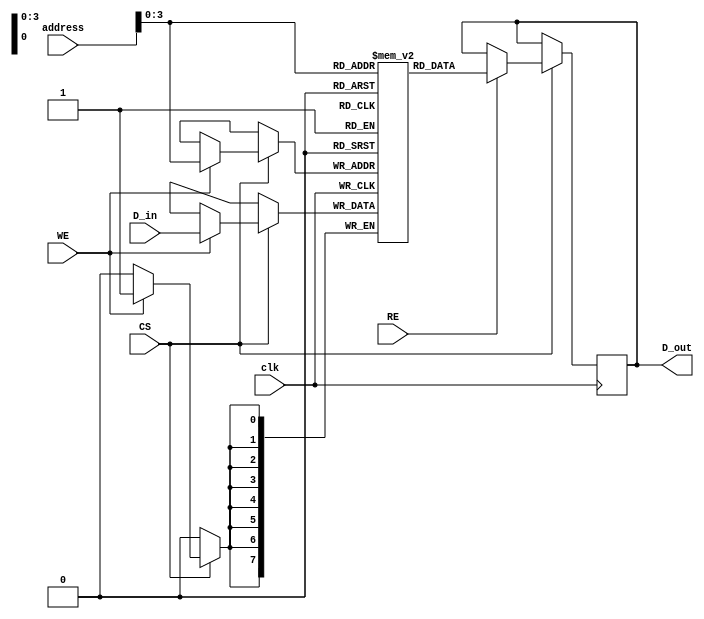
module embedded_sram #(
    parameter N = 16, // Number of memory words
    parameter M = 8    // Number of bits per word
)(
    input wire clk,                // Clock signal
    input wire WE,                 // Write Enable
    input wire RE,                 // Read Enable
    input wire CS,                 // Chip Select
    input wire [4:0] address,      // Address lines (5 bits for 32 words)
    input wire [M-1:0] D_in,       // Data Input
    output reg [M-1:0] D_out       // Data Output
);

    // Memory array declaration
    reg [M-1:0] memory [0:N-1]; // N words of M bits each

    // Address decoding and read/write operations
    always @(posedge clk) begin
        if (CS) begin // Only operate if chip is selected
            if (WE) begin
                // Write operation
                memory[address] <= D_in;
            end
            if (RE) begin
                // Read operation
                D_out <= memory[address];
            end
        end
    end

    // Optional: Test access port (TAP) or built-in self-test (BIST) can be added here

endmodule